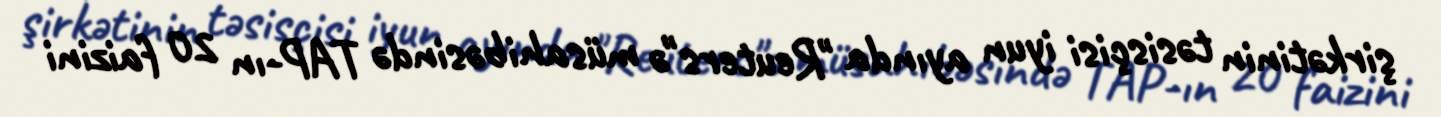
şirkətinin təsisçisi iyun ayında "Reuters"ə müsahibəsində TAP-ın 20 faizini